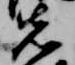
先